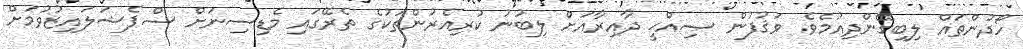
ހޯދުންތައް ލިބިގެންދިއުމެވެ. ވަޤުފުން ޞިއްޙީ ދާއިރާއަށް ލިބުނު ކުރިއެރުންތަކުގެ ތެރޭގައި މެޑިސިނަށް ސްޕެޝަލައިޒުވުމަށް